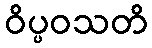
ဝိပ္ပဝသတိ